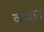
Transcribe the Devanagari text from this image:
कजारन